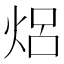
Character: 焒